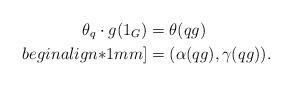
LaTeX: \begin{align*}\theta_q\cdot g(1_G) &= \theta(qg)\\begin{align*}1 mm]&= (\alpha(qg), \gamma(qg)).\end{align*}